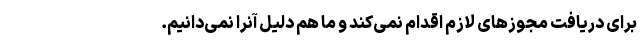
برای دریافت مجوزهای لازم اقدام نمی‌کند و ما هم دلیل آنرا نمی‌دانیم.